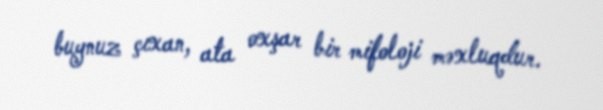
buynuz çıxan, ata oxşar bir mifoloji məxluqdur.